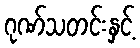
ဂုဏ်သတင်းနှင့်